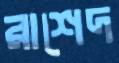
রাশেদ